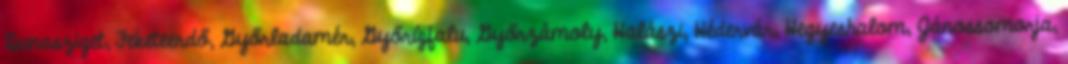
Dunasziget, Feketeerdő, Győrladamér, Győrújfalu, Győrzámoly, Halászi, Hédervár, Hegyeshalom, Jánossomorja,